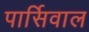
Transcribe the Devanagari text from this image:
पार्सिवाल